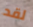
لقد